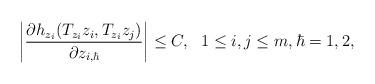
LaTeX: \begin{align*}\bigg|\frac{\partial h_{z_i}(T_{z_i}z_i, T_{z_i}z_j)}{\partial z_{i,\hbar}}\bigg|\leq C, \ \ 1\leq i,j\leq m, \hbar=1,2,\end{align*}